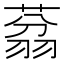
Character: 𱻜